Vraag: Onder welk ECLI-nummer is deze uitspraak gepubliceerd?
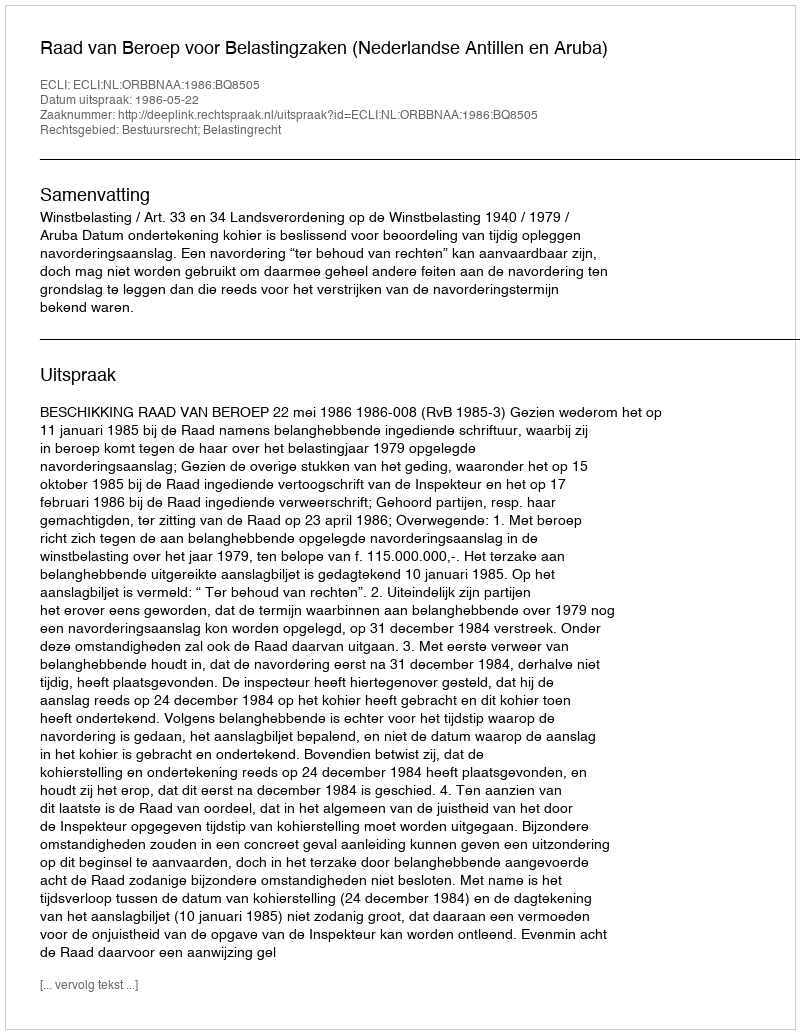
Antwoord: ECLI:NL:ORBBNAA:1986:BQ8505